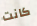
كانت